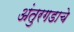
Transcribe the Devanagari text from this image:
अंतुरगडाचे